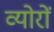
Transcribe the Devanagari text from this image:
व्योरों